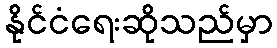
နိုင်ငံရေးဆိုသည်မှာ